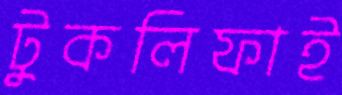
টুকলিফাই